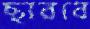
ছারবে